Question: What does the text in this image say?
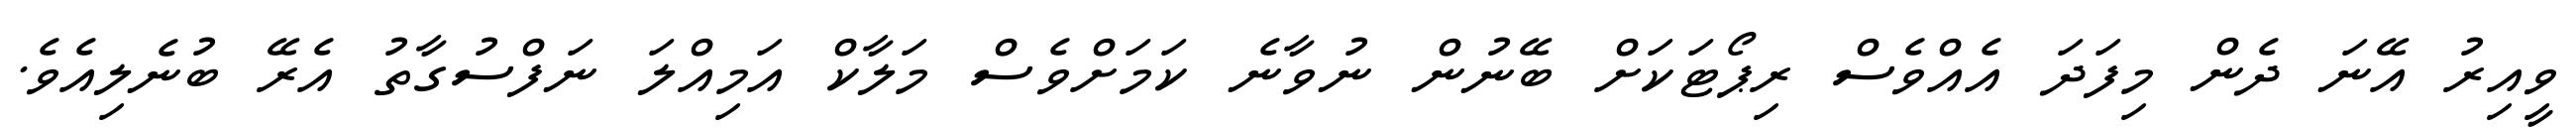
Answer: ވީއިރު އޭނަ ދެން މިފަދަ އެއްވެސް ރިޕޯޓަކަށް ބޭނުން ނުވާނެ ކަމަށްވެސް މަލާކް އަމިއްލަ ނަފްސުގާތު އެރޭ ބުނެލިއެވެ.